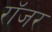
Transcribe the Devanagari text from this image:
राॅजर